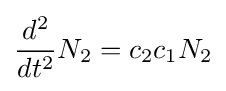
{\frac {d^{2}}{dt^{2}}}N_{2}=c_{2}c_{1}N_{2}